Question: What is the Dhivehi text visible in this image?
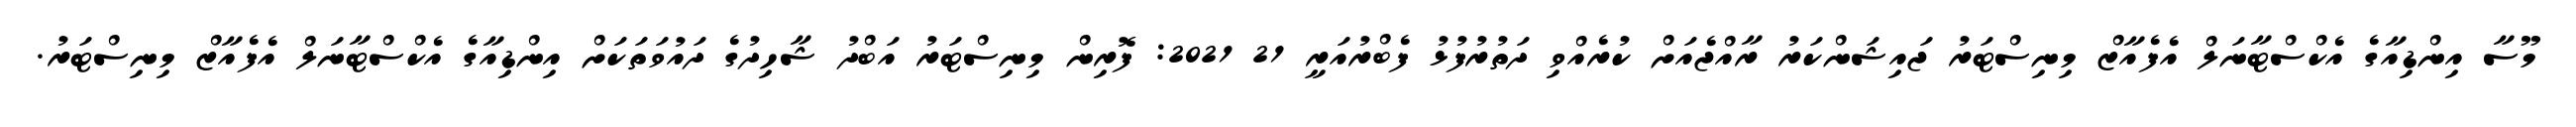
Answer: މޫސާ އިންޑިއާގެ އެކްސްޓާނަލް އެފެއާޒް މިނިސްޓަރު ޖައިޝަންކަރު ރާއްޖެއަށް ކުރެއްވި ދަތުރުފުޅު ފެބްރުއަރީ 21 2021: ފޮރިން މިނިސްޓަރު އަބްދު ޝާހިދުގެ ދައުވަތަކަށް އިންޑިއާގެ އެކްސްޓާނަލް އެފެއާޒް މިނިސްޓަރު.